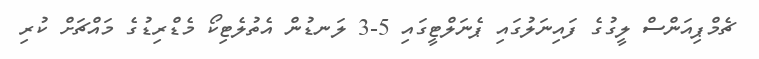
ޗެމްޕިއަންސް ލީގުގެ ފައިނަލުގައި ޕެނަލްޓީގައި 5-3 ލަނޑުން އެތުލެޓިކޯ މެޑްރިޑުގެ މައްޗަށް ކުރި